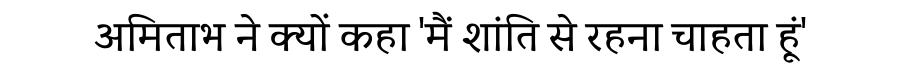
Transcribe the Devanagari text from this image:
अमिताभ ने क्यों कहा 'मैं शांति से रहना चाहता हूं'